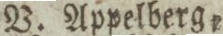
V. Appelberg.